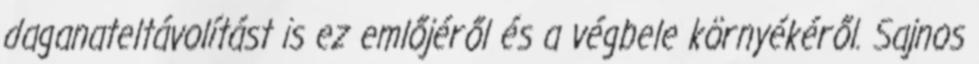
daganateltávolítást is ez emlőjéről és a végbele környékéről. Sajnos